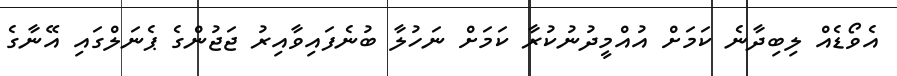
އެވޯޑެއް ލިބިދާނެ ކަމަށް އުއްމީދުނުކުރާ ކަމަށް ނަހުލާ ބުނެފައިވާއިރު ޖަޖުންގެ ޕެނަލްގައި އޭނާގެ